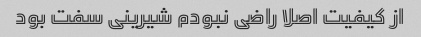
از کیفیت اصلا راضی نبودم شیرینی سفت بود